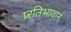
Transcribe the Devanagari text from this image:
प्र्रतिभावान